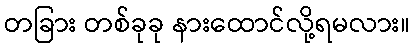
တခြား တစ်ခုခု နားထောင်လို့ရမလား။